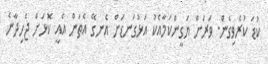
ކުޑަ ކުރެވިގެން. ވަރަށް ޔަގީންކަމާއެކު އަޅުގަނޑަށް އެނގޭ އެތަން އެއީ ކޮޅަށް ޖެހިދާނެ